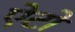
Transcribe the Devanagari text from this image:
ऐटो